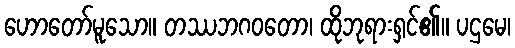
ဟောတော်မူသော။ တဿဘဂဝတော၊ ထိုဘုရားရှင်၏။ ပဌမေ၊